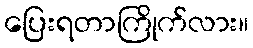
ပြေးရတာကြိုက်လား။